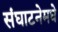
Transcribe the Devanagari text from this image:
संघाटनेमधे